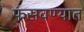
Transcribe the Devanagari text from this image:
फसवण्यात